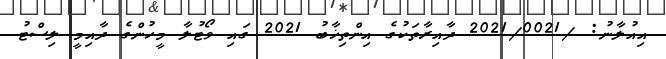
އިއުލާނު: /2021/0021 ދާއިރާތަކުގެ އިންތިޚާބު 2021 ގައި ވޯޓުލާ މީހުންގެ ދާއިމީ ލިސްޓު